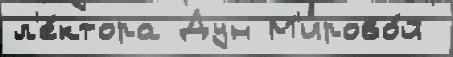
л'е́ктора Дун М'ирово́й